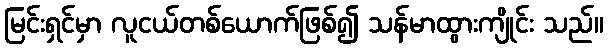
မြင်းရှင်မှာ လူငယ်တစ်ယောက်ဖြစ်၍ သန်မာထွားကျိုင်း သည်။